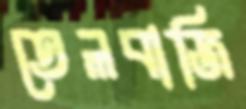
তেলবাজি